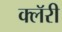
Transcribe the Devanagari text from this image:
क्लॅरी